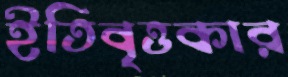
ইতিবৃত্তকার